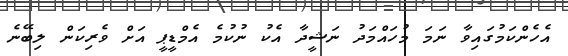
އެހެންކަމުގައިވާ ނަމަ މުހައްމަދު ނަޝީދާ އެކު ނުކުމެ އެމްޑީޕީ އަށް ވެރިކަން ލިބޭނެ